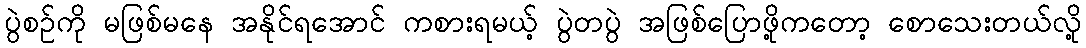
ပွဲစဉ်ကို မဖြစ်မနေ အနိုင်ရအောင် ကစားရမယ့် ပွဲတပွဲ အဖြစ်ပြောဖို့ကတော့ စောသေးတယ်လို့